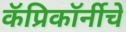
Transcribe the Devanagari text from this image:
कॅप्रिकॉर्नीचे